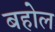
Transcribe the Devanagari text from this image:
बहोल